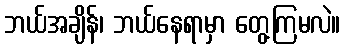
ဘယ်အချိန်၊ ဘယ်နေရာမှာ တွေ့ကြမလဲ။